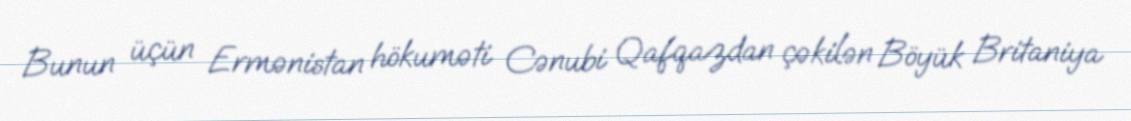
Bunun üçün Ermənistan hökuməti Cənubi Qafqazdan çəkilən Böyük Britaniya